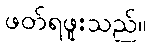
ဖတ်ရဖူးသည်။